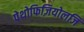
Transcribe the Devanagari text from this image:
पेथोफिज़ियोलजि